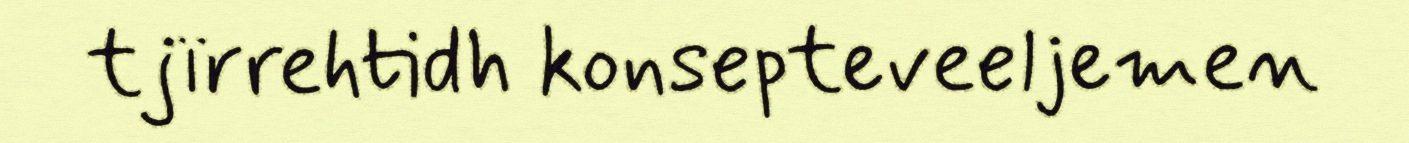
tjïrrehtidh konsepteveeljemen